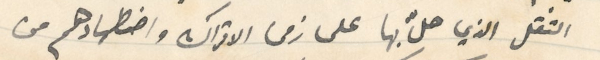
الثقل الذي حلّ بها على زمن الاتراك واضطهادهم من